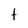
Character: t